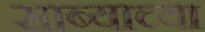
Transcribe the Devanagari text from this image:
साब्याच्या